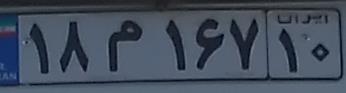
۱۸م۱۶۷۱۰